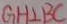
G H \bot B C